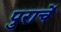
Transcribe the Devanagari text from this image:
पुराचें